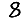
Digit: 8